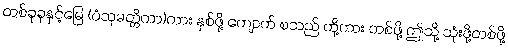
တစ်ခုခုနှင့်မြေ (ပံသုမတ္တိကာ)ကား နှစ်ဖို့ ကျောက် စသည် တို့ကား တစ်ဖို့ ဤသို့ သုံးဖို့တစ်ဖို့